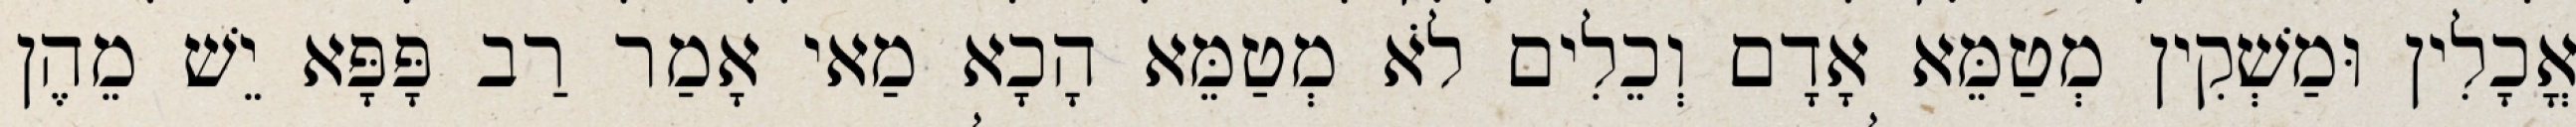
אֳכָלִין וּמַשְׁקִין מְטַמֵּא אָדָם וְכֵלִים לֹא מְטַמֵּא הָכָא מַאי אָמַר רַב פָּפָּא יֵשׁ מֵהֶן